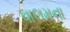
વાલમના